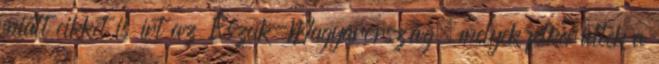
miatt cikket is írt az Észak-Magyarország, melyek felkerültek a